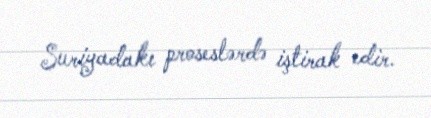
Suriyadakı proseslərdə iştirak edir.